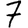
Digit: 7